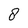
Character: 8